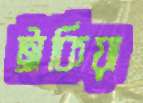
ট্রাকিয়া